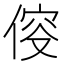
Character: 𠊯